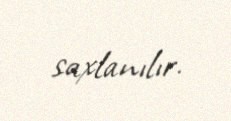
saxlanılır.